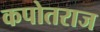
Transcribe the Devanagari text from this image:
कपोतराज